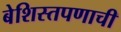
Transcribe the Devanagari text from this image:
बेशिस्तपणाची